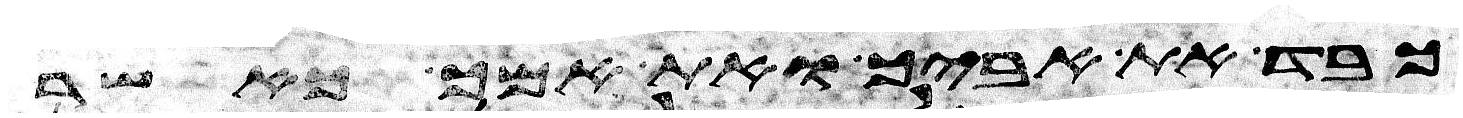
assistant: כבד את אביך ואת אמך כאשר